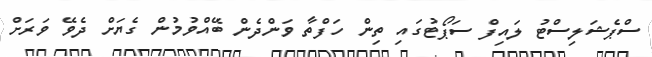
ސްޕެޝަލިސްޓު ލައިފް ސަޕޯޓުގައި ތިން ހަފްތާ ވަންދެން ބޭއްވުމުން ގެޔަށް ދެވޭ ވަރަށް